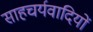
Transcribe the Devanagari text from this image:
साहचर्यवादियों